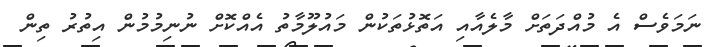
ނަމަވެސް އެ މުއްދަތަށް މާލެއާއި އަތޮޅުތަކުން މައުލޫމާތު އެއްކޮށް ނުނިމުމުން އިތުރު ތިން